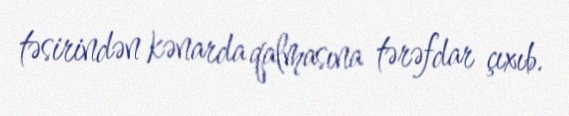
təsirindən kənarda qalmasına tərəfdar çıxıb.